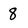
Character: 8